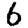
Digit: 6